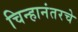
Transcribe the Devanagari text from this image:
चिन्हानंतरचे